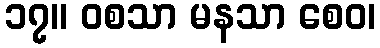
၁၇။ ဝစသာ မနသာ စေဝ၊